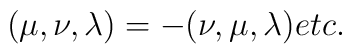
(\mu, \nu, \lambda) = -(\nu, \mu, \lambda)\\	etc.